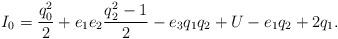
LaTeX: \begin{gather*}I_0 = \frac{q^2_0}{2} +e_1e_2\frac{q^2_2-1}{2} -e_3q_1q_2 + U -e_1q_2 +2q_1.\end{gather*}